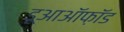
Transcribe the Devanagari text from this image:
डूआऑफ़ॉड